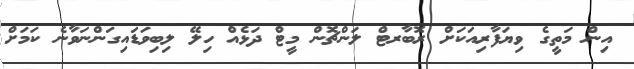
އިން މަތީގެ ވިޔަފާރިއަކަށް ރޮބާރޓް ލަންޗޮން މީޓް ދަޅެއް ހިލޭ ލިބިވަޑައިގަންނަވާނެ ކަމަށް